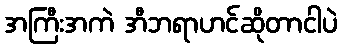
အကြီးအကဲ အီဘရာဟင်ဆိုတာငါပဲ